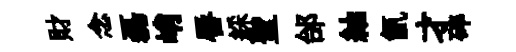
財念磊峭唇綵聖邰紬氤才碎